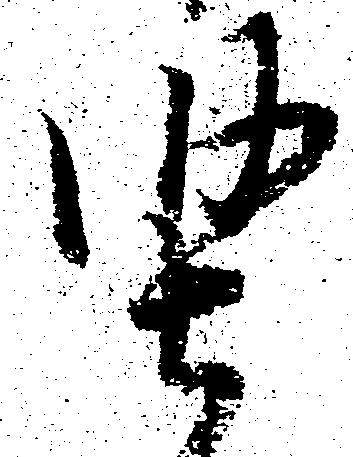
堅